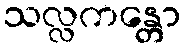
သလ္လကန္တော